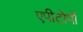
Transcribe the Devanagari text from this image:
एपीटोपों